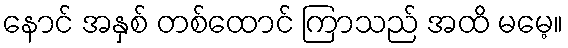
နောင် အနှစ် တစ်ထောင် ကြာသည် အထိ မမေ့။